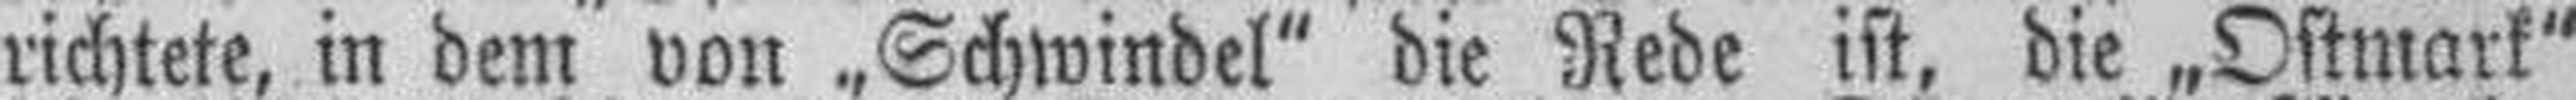
richtete, in dem von „Schwindel“ die Rede ist, die „Ostmark"